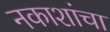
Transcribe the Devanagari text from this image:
नकाशांचा